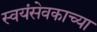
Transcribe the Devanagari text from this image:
स्वयंसेवकाच्या